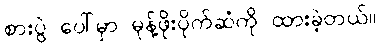
စားပွဲ ပေါ်မှာ မုန့်ဖိုးပိုက်ဆံကို ထားခဲ့တယ်။